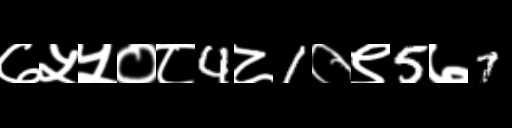
Text: ७५५०८4८1०९5७7